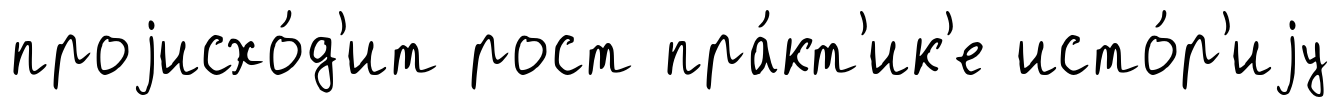
проjисхо́д'ит рост пра́кт'ик'е исто́р'иjу